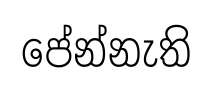
පේන්නැති